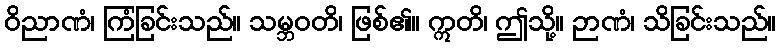
ဝိညာဏံ၊ ကြံခြင်းသည်။ သမ္ဘဝတိ၊ ဖြစ်၏။ ဣတိ၊ ဤသို့။ ဉာဏံ၊ သိခြင်းသည်။